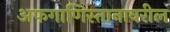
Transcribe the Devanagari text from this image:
अफगाणिस्तानावरील